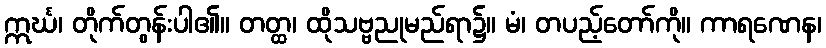
ဣင်္ဃ၊ တိုက်တွန်းပါ၏။ တတ္ထ၊ ထိုသဗ္ဗညုမည်ရာ၌။ မံ၊ တပည့်တော်ကို။ ကာရဏေန၊